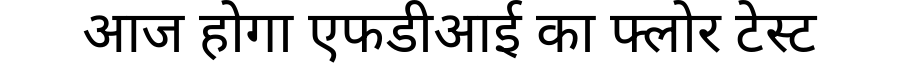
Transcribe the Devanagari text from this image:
आज होगा एफडीआई का फ्लोर टेस्ट